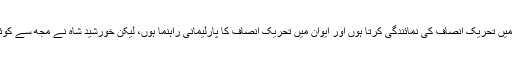
میں قومی اسمبلی میں تحریک انصاف کی نمائندگی کرتا ہوں اور ایوان میں تحریک انصاف کا پارلیمانی راہنما ہوں، لیکن خورشید شاہ نے مجھ سے کوئی رابطہ نہیں کیا۔